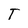
Character: T